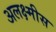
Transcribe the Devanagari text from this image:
अलक्ष्मीस